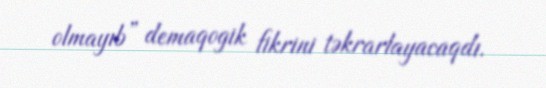
olmayıb” demaqogik fikrini təkrarlayacaqdı.